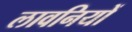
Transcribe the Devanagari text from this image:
लावनियों